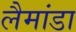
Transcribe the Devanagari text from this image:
लैमांडा